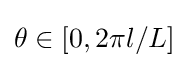
\theta \in [0,2\pi l/L]